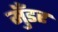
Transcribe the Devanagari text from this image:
मुँडर